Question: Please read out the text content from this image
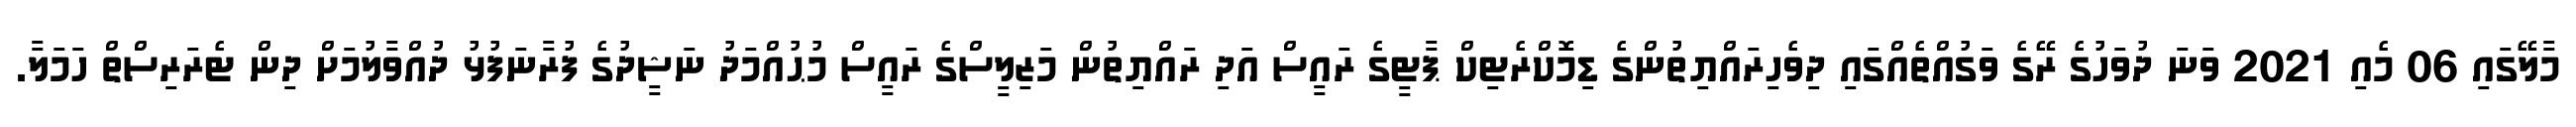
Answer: މާލޭގައި 06 މެއި 2021 ވަނަ ދުވަހުގެ ރޭގެ ވަގުއްތެއްގައި ދިވެހިރައްޔިތުންގެ ޑިމޮކްރެޓިކް ޕާޓީގެ ރައީސް އަދި ރައްޔިތުން މަޒިލީސްގެ ރައީސް މުޙުއްމަދު ނަޝީދުގެ ފުރާނަފުޅު ދުއްވާލުމަށް ދިން ޓެރަރިސްތް ހަމަލާ.